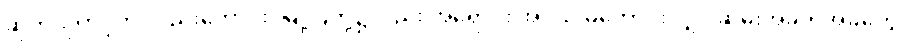
ဆုတ်ယုတ်ပုံကို လည်းကောင်း၊ မြို့ပြတို့၌လည်း အရောင်း အဝယ် မကောင်းလျှင် ဆွမ်းအခက်အခဲတွေ